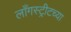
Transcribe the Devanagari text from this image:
लाँगस्ट्रीटच्या